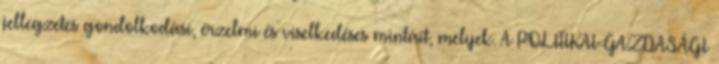
jellegzetes gondolkodási, érzelmi és viselkedéses mintáit, melyek. A POLITIKAI-GAZDASÁGI